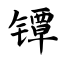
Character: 镡